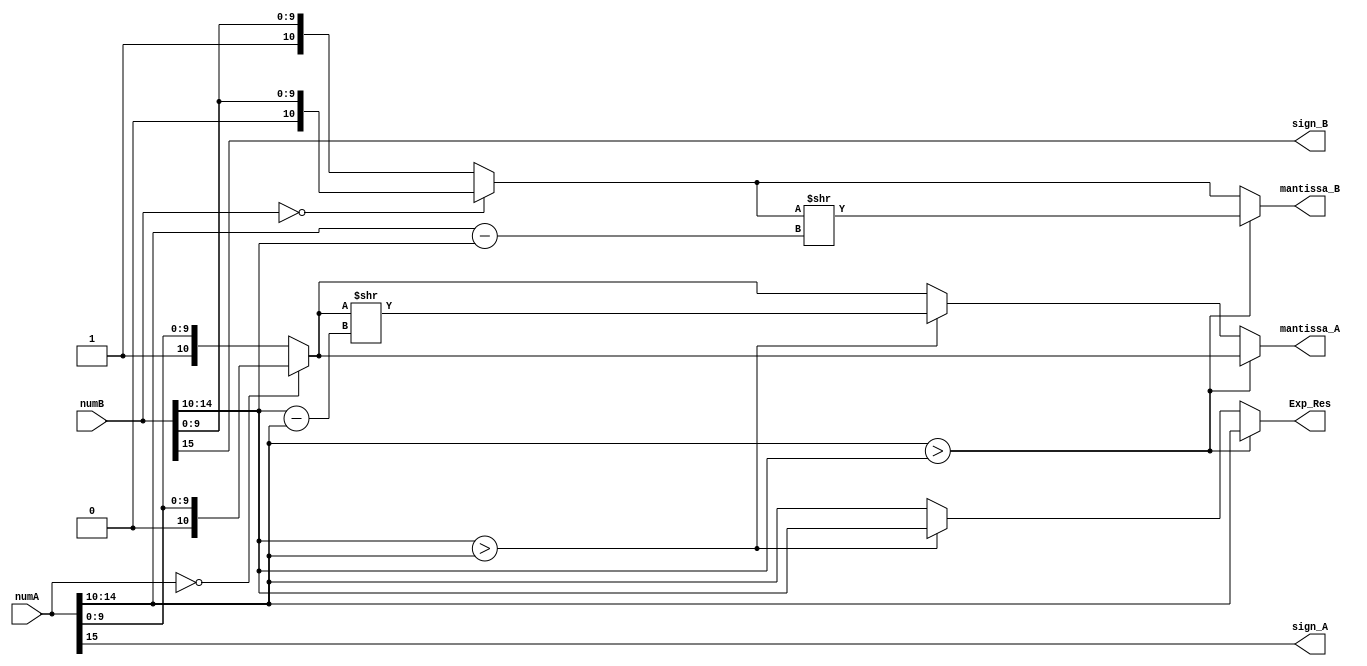
module Extraction_add(input [15:0]numA, input [15:0]numB,
		      output reg sign_A,sign_B,output reg [4:0]Exp_Res,
		      output reg [10:0]mantissa_A,output reg [10:0]mantissa_B);

reg [10:0]mA;reg [10:0]mB;
reg [4:0]ExpA; reg [4:0]ExpB;

/*A = 4.5 = 0_10001_0010000000 ; S1 = 0, E1 = 10001 = 1710 , M1 = 1.00100_00000 ;
B =-0.3 = 1_01101_0011001101 ; S2 = 1, E2 = 01101 = 1310,  M2 = 1.00110_01101 ;
4480 B4CD

sign_A = 0;sign_B=1; mA = 1,10001_0010000000;mB= 1,01101_0011001101;*/
always@(numA,numB) begin

	sign_A = numA[15];// Extarcting sign bits 
	sign_B = numB[15];
	ExpA   = numA[14:10];
	ExpB   = numB[14:10];
	
	if({sign_A,ExpA,numA[9:0]} == 16'b0) 
		mA = {1'b0, numA[9:0]};//Adding hidden bits
	else    mA = {1'b1, numA[9:0]};//Adding hidden bits
	
	if({sign_B,ExpB,numB[9:0]} == 16'b0) 
		mB = {1'b0, numB[9:0]};
	else 	mB = {1'b1, numB[9:0]};
	
	if(ExpA > ExpB)begin //Aligning the mantissa
		Exp_Res = ExpA;
		mantissa_A = mA;
		mantissa_B = mB >> (ExpA - ExpB);end
	else if(ExpB > ExpA)begin
		Exp_Res = ExpB;
		mantissa_A = mA >> (ExpB - ExpA);
		mantissa_B = mB; end
	else begin
		Exp_Res = ExpA;
		mantissa_A = mA;
		mantissa_B = mB; end
end
endmodule